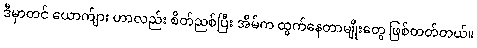
ဒီမှာတင် ယောက်ျား ဟာလည်း စိတ်ညစ်ပြီး အိမ်က ထွက်နေတာမျိုးတွေ ဖြစ်တတ်တယ်။